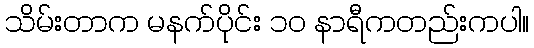
သိမ်းတာက မနက်ပိုင်း ၁၀ နာရီကတည်းကပါ။